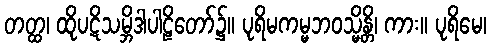
တတ္ထ၊ ထိုပဋိသမ္ဘိဒါပါဠိတော်၌။ ပုရိမကမ္မဘဝသ္မိန္တိ၊ ကား။ ပုရိမေ၊